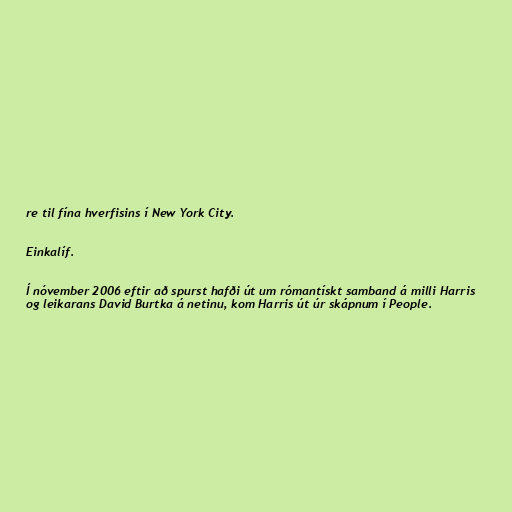
re til fína hverfisins í New York City.

Einkalíf.

Í nóvember 2006 eftir að spurst hafði út um rómantískt samband á milli Harris
og leikarans David Burtka á netinu, kom Harris út úr skápnum í People.